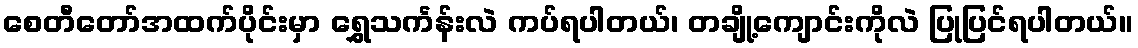
စေတီတော်အထက်ပိုင်းမှာ ရွှေသင်္ကန်းလဲ ကပ်ရပါတယ်၊ တချို့ကျောင်းကိုလဲ ပြုပြင်ရပါတယ်။